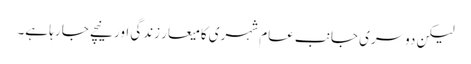
لیکن دوسری جانب عام شہری کا میعار زندگی اور نیچے جا رہا ہے۔